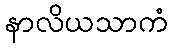
နာလိယသာကံ